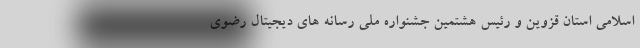
اسلامی استان قزوین و رئیس هشتمین جشنواره ملی رسانه های دیجیتال رضوی